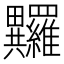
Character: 𤴏